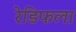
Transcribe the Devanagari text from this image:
रेडिफला